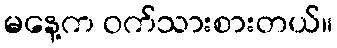
မနေ့က ဝက်သားစားတယ်။